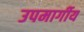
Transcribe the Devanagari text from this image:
उपमार्गीय